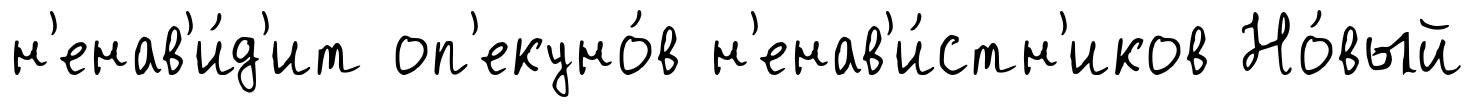
н'енав'и́д'ит оп'екуно́в н'енав'и́стн'иков Но́вый